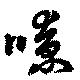
嘹